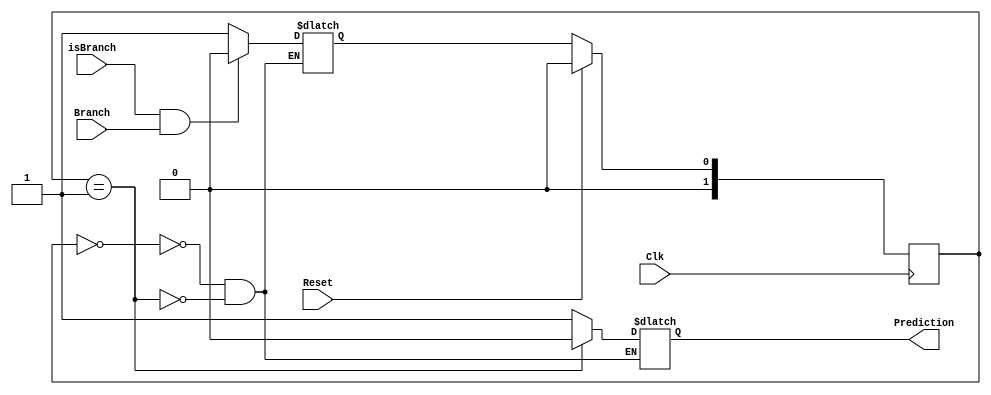
`timescale 1ns / 1ps

module BranchPredict(Clk, Reset, isBranch, Branch, Prediction);

input Clk, Reset;

input isBranch, Branch;

output reg Prediction; // 0 is Taken, 1 is Not Taken

parameter T = 0, NT = 1;

reg [1:0] State, StateNext;

initial begin
    State <= T;
    StateNext <= T;
end

always @(State, isBranch) begin
    case (State)
    T: begin
        Prediction <= 1;
        if (isBranch == 1 && Branch == 1) begin
            StateNext <= T;
        end
        else begin
            StateNext <= NT;
        end
    end
    NT: begin
        Prediction <= 0;
        if (isBranch == 1 && Branch == 1) begin
            StateNext <= T;
        end
        else begin
            StateNext <= NT;
        end
    end
    endcase

end

always @(posedge Clk) begin
    if (Reset == 1)
        State <= T;
    else
        State <= StateNext;
end


endmodule